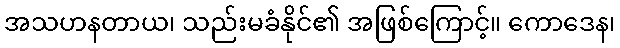
အသဟနတာယ၊ သည်းမခံနိုင်၏ အဖြစ်ကြောင့်။ ကောဒေန၊